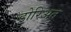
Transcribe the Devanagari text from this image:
डोरिअत